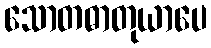
သောတဓာတုယာပေ